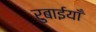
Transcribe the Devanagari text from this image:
रुबाईयाँ